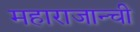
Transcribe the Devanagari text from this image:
महाराजान्ची